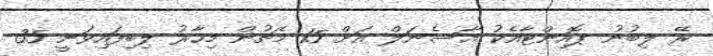
ރޭ ލިބުނު ޕޮއިންޓާއެކު އާސެނަލް އަށް 15 މެޗުން މިހާރު ލިބިފައިވަނީ 35